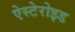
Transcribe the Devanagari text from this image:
ऐस्टेरोइड